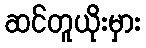
ဆင်တူယိုးမှား